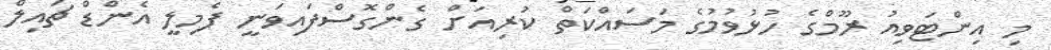
މި އިންޓަވިއު ރޫމްގެ ހުޅުވުމުގެ މަސައްކަތް ކުރިއަށް ގެންގޮސްފައިވަނީ ފެމިލީ އެންޑް ޗައިލް